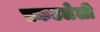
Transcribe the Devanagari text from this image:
प्रकटलेली